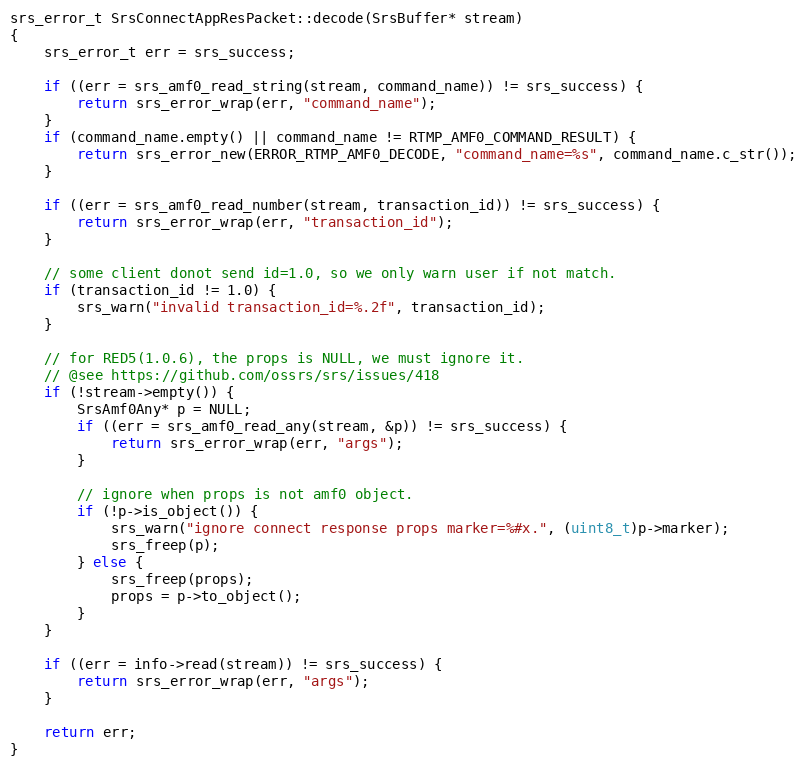
Language: C++
srs_error_t SrsConnectAppResPacket::decode(SrsBuffer* stream)
{
    srs_error_t err = srs_success;

    if ((err = srs_amf0_read_string(stream, command_name)) != srs_success) {
        return srs_error_wrap(err, "command_name");
    }
    if (command_name.empty() || command_name != RTMP_AMF0_COMMAND_RESULT) {
        return srs_error_new(ERROR_RTMP_AMF0_DECODE, "command_name=%s", command_name.c_str());
    }

    if ((err = srs_amf0_read_number(stream, transaction_id)) != srs_success) {
        return srs_error_wrap(err, "transaction_id");
    }

    // some client donot send id=1.0, so we only warn user if not match.
    if (transaction_id != 1.0) {
        srs_warn("invalid transaction_id=%.2f", transaction_id);
    }

    // for RED5(1.0.6), the props is NULL, we must ignore it.
    // @see https://github.com/ossrs/srs/issues/418
    if (!stream->empty()) {
        SrsAmf0Any* p = NULL;
        if ((err = srs_amf0_read_any(stream, &p)) != srs_success) {
            return srs_error_wrap(err, "args");
        }

        // ignore when props is not amf0 object.
        if (!p->is_object()) {
            srs_warn("ignore connect response props marker=%#x.", (uint8_t)p->marker);
            srs_freep(p);
        } else {
            srs_freep(props);
            props = p->to_object();
        }
    }

    if ((err = info->read(stream)) != srs_success) {
        return srs_error_wrap(err, "args");
    }

    return err;
}